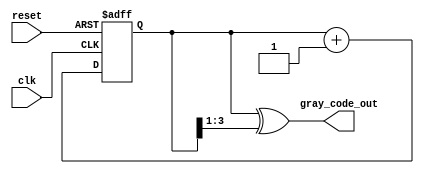
module gray_code_counter (
    input wire clk,          // Clock signal
    input wire reset,        // Asynchronous reset signal
    output reg [N-1:0] gray_code_out // Output Gray code value
);
    parameter N = 4; // Number of bits for the counter (adjust as needed)
    
    reg [N-1:0] binary_count; // Binary counter to keep track of counts

    // Asynchronous reset and counting logic
    always @(posedge clk or posedge reset) begin
        if (reset) begin
            binary_count <= 0; // Reset binary count to 0
        end else begin
            binary_count <= binary_count + 1; // Increment binary count
        end
    end

    // Convert binary count to Gray code
    always @(*) begin
        gray_code_out = binary_count ^ (binary_count >> 1); // Gray code conversion
    end

endmodule